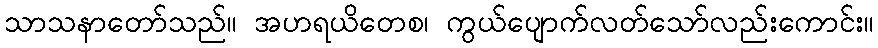
သာသနာတော်သည်။ အဟရယိတေစ၊ ကွယ်ပျောက်လတ်သော်လည်းကောင်း။